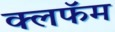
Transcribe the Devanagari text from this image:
क्लफॅम